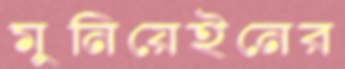
মুনিয়েইনের